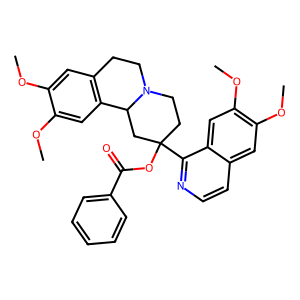
SMILES: COc1cc2c(cc1OC)C1CC(OC(=O)c3ccccc3)(c3nccc4cc(OC)c(OC)cc34)CCN1CC2
Inhibits HIV replication: No